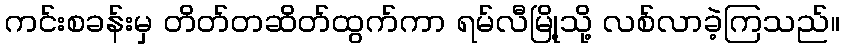
ကင်းစခန်းမှ တိတ်တဆိတ်ထွက်ကာ ရမ်လီမြို့သို့ လစ်လာခဲ့ကြသည်။